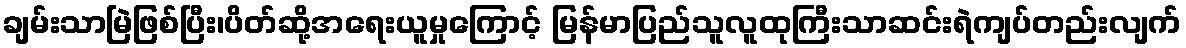
ချမ်းသာမြဲဖြစ်ပြီး၊ပိတ်ဆို့အရေးယူမှုကြောင့် မြန်မာပြည်သူလူထုကြီးသာဆင်းရဲကျပ်တည်းလျက်